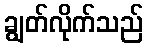
ချွတ်လိုက်သည်